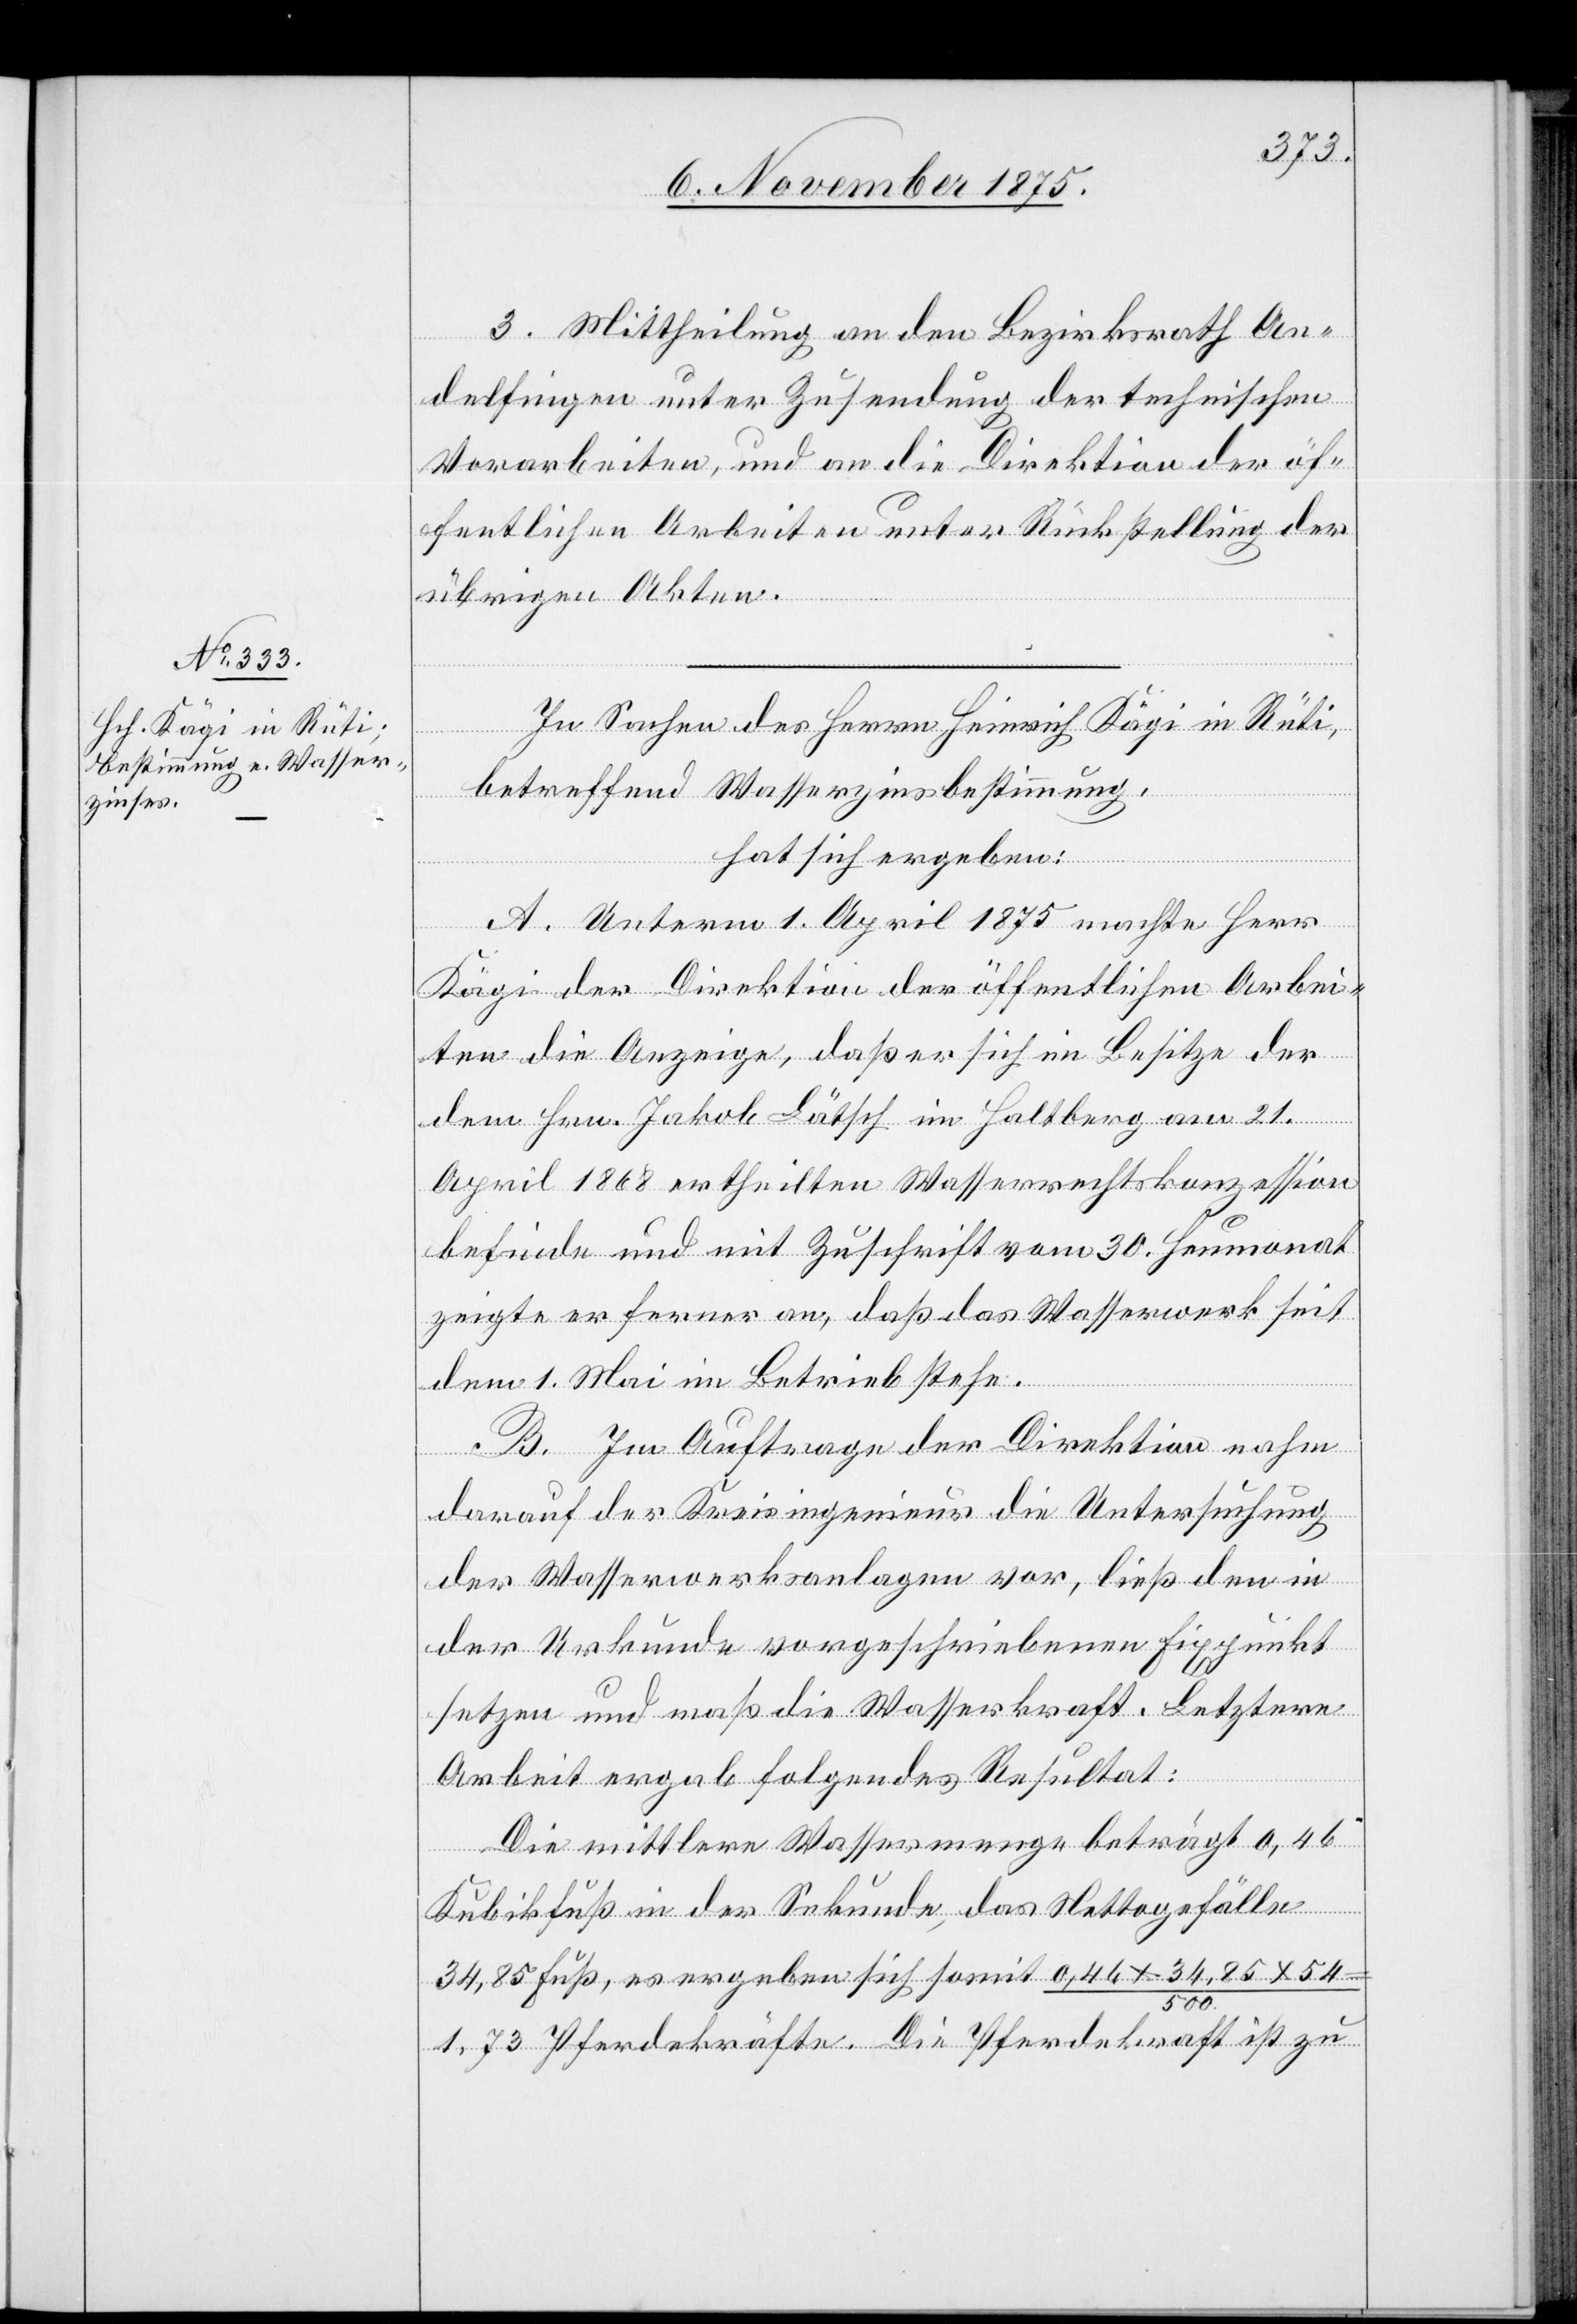
3. Mittheilung an den Bezirksrath An¬
delfingen unter Zusendung der technischen
Vorarbeiten, und an die Direktion der öf¬
fentlichen Arbeiten unter Rückstellung der
übrigen Akten.
In Sachen des Herrn Heinrich Kägi in Rüti,
betreffend Wasserzinsbestimmung,
hat sich ergeben:
A. Unterm 1. April 1875 machte Herr
Kägi der Direktion der öffentlichen Arbei¬
ten die Anzeige, daß er sich im Besitze der
dem Hrn. Jakob Lätsch im Haltberg am 21.
April 1868 ertheilten Wasserrechtskonzession
befinde und mit Zuschrift vom 30. Heumonat
zeigte er ferner an, daß das Wasserwerk seit
dem 1 Mai im Betrieb stehe.
B. Im Auftrage der Direktion nahm
darauf der Kreisingenieur die Untersuchung
der Wasserwerksanlagen vor, ließ den in
der Urkunde vorgeschriebenen Fixpunkt
setzen und maß die Wasserkraft. Letztere
Arbeit ergab folgendes Resultat:
Die mittlere Wassermenge beträgt 0,46
Kubikfuß in der Sekunde, das Nettogefälle
34,85 Fuß, es ergeben sich somit 0.46x34.85x54/500
1,73 Pferdekräfte. Die Pferdekraft ist zu